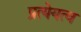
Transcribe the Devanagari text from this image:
प्रत्येयत्व